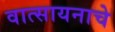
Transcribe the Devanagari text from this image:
वात्सायनाचे